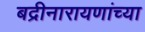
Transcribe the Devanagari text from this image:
बद्रीनारायणांच्या